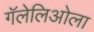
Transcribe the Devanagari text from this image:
गॅलेलिओला